Document type: Oath
Year: 1447
Scribe: Pere Figuerola
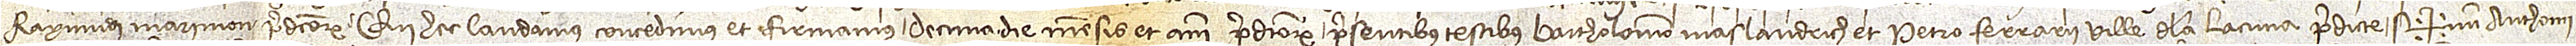
Raymundi Marimon, predictorum, qui hec laudamus, concedimus et firmamus decima die mensis et anni predictorum, presentibus testibus Bartholomeo Maslandrich et Petro Ferrarii, ville de la Lacuna predicte. Sig+num Anthonii